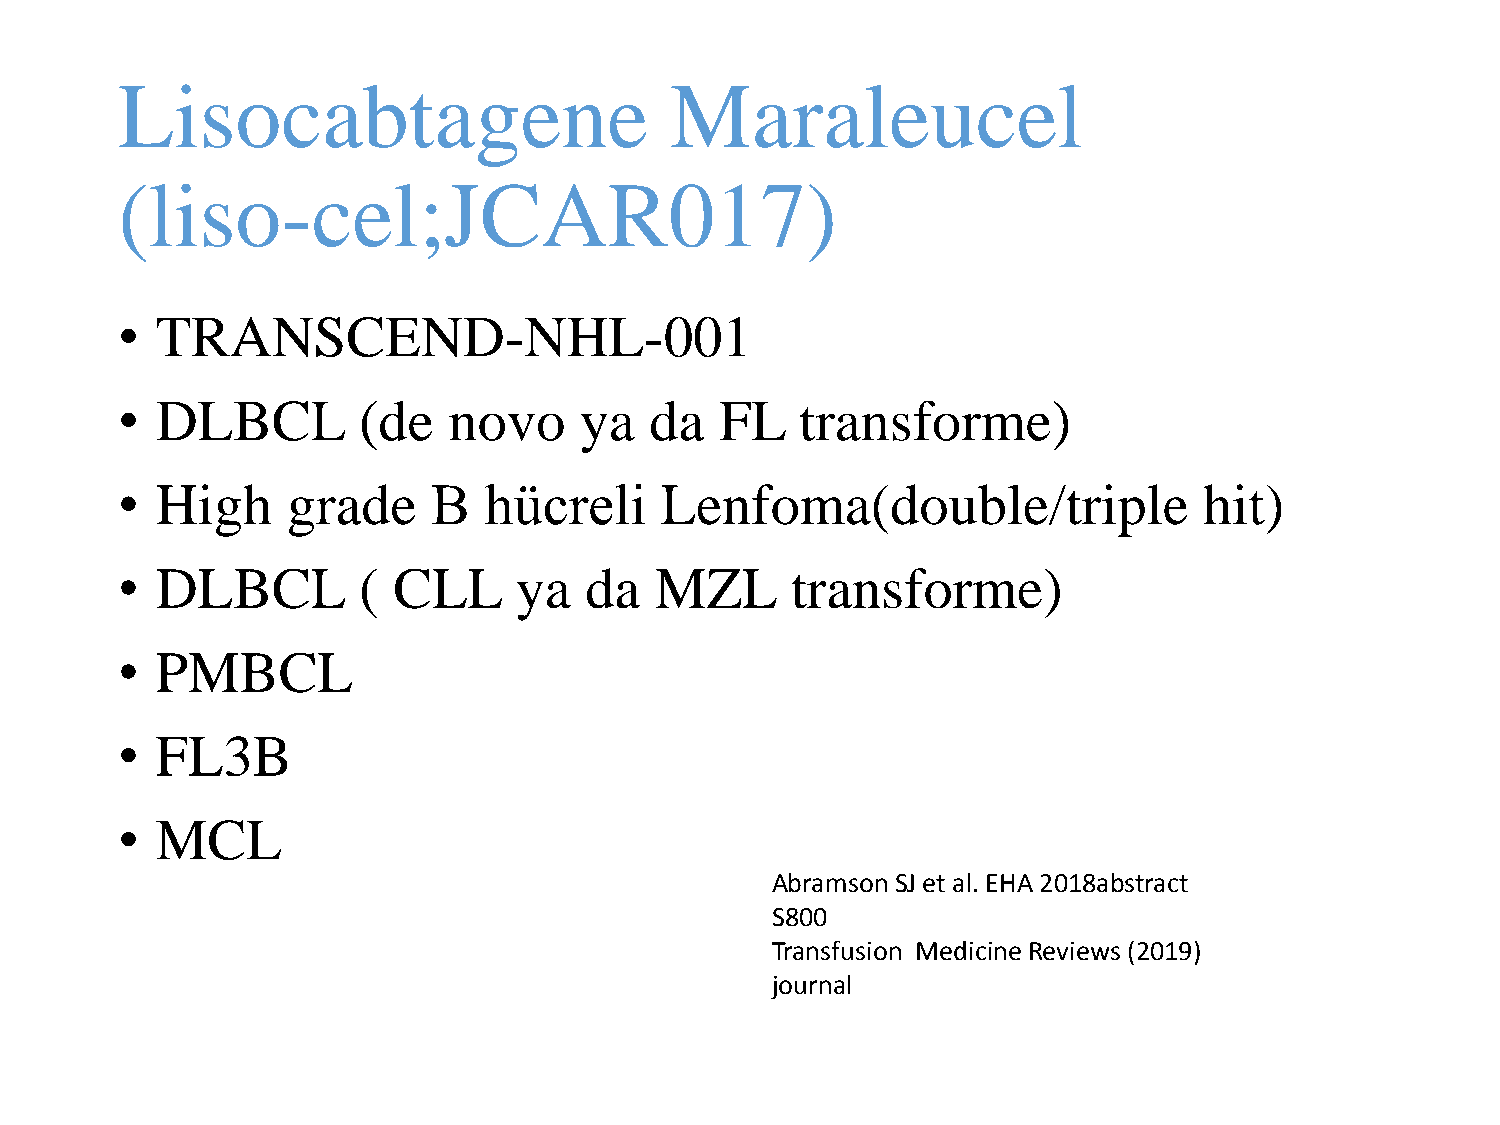
Lisocabtagene                       Maraleucel
 (liso-cel;JCAR017)
 • TRANSCEND-NHL-001
 • DLBCL         (de   novo    ya   da   FL   transforme)
 • High     grade     B  hücreli     Lenfoma(double/triple               hit)
 • DLBCL         ( CLL     ya   da  MZL      transforme)
 • PMBCL
 • FL3B
 • MCL
 AbramsonSJ et al. EHA 2018abstract
 S800
 Transfusion MedicineReviews (2019)
 journal